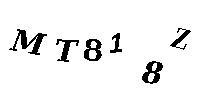
MT818Z